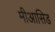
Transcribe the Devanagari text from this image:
मीआसिड